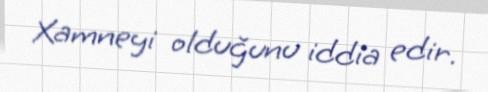
Xamneyi olduğunu iddia edir.